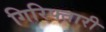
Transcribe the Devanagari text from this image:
गिरिफ्तारी